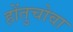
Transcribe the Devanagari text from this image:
होंतुचोवा